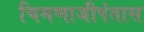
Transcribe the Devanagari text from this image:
चिमणाजीपंतास